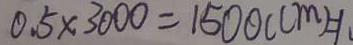
0 . 5 \times 3 0 0 0 = 1 5 0 0 ( c m ) = 1 _ { 1 }